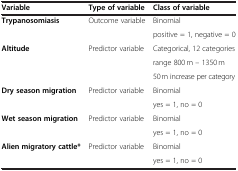
| Variable | Type of variable | Class of variable |
 | --- | --- | --- |
 | <ROWSPAN=2> Trypanosomiasis | <ROWSPAN=2> Outcome variable | Binomial |
 | positive = 1, negative = 0 |
 | <ROWSPAN=3> Altitude | <ROWSPAN=3> Predictor variable | Categorical, 12 categories |
 | range 800 m – 1350 m |
 | 50 m increase per category |
 | <ROWSPAN=2> Dry season migration | <ROWSPAN=2> Predictor variable | Binomial |
 | yes = 1, no = 0 |
 | <ROWSPAN=2> Wet season migration | <ROWSPAN=2> Predictor variable | Binomial |
 | yes = 1, no = 0 |
 | Alien migratory cattle* | Predictor variable | Binomial |
 |  |  | yes = 1, no = 0 |